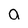
Character: a